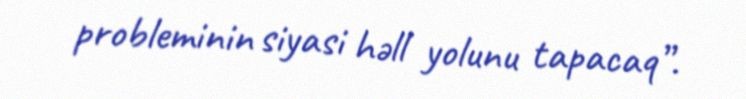
probleminin siyasi həll yolunu tapacaq”.